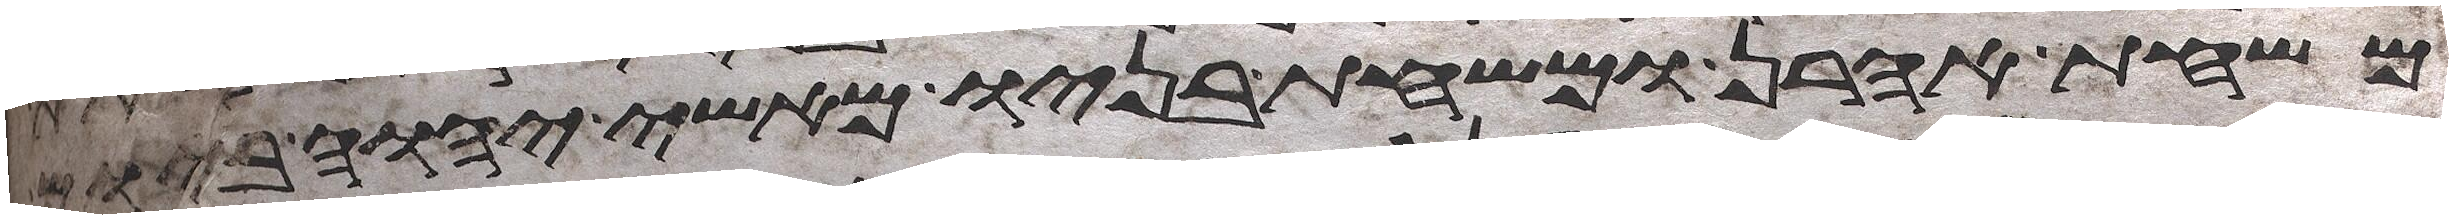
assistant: משחת אהרן ומשחת בניו מאשי יהוה ביום